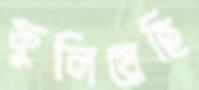
ফুলিয়েছি